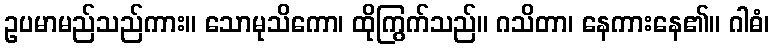
ဥပမာမည်သည်ကား။ သောမုသိကော၊ ထိုကြွက်သည်။ ဂသိတာ၊ နေကားနေ၏။ ဂါဓံ၊